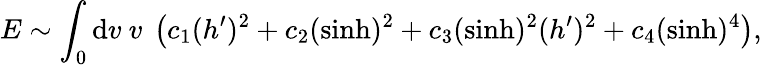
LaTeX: E\sim\int_{0}\mathrm{d}v~v~\left(c_{1}(h^{\prime})^{2}+c_{2}(\sinh)^{2}+c_{3}(\sinh)^{2}(h^{\prime})^{2}+c_{4}(\sinh)^{4}\right),